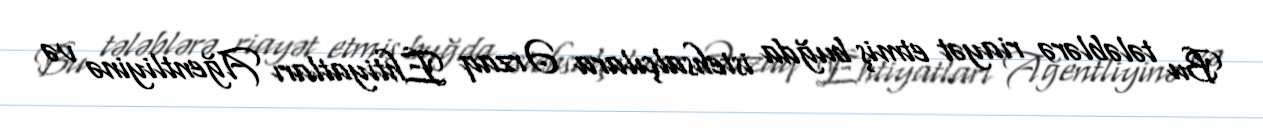
Bu tələblərə riayət etmiş buğda istehsalçılara Ərzaq Ehtiyatları Ağentliyinə və